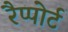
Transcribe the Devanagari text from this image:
रैप्पोर्ट